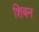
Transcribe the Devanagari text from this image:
शिबन